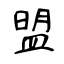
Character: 盟